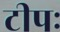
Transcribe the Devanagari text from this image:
टीपः